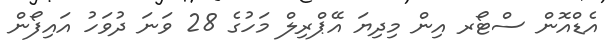
އެޑްއޮން ސްޓޯރ އިން މިދިޔަ އޭޕްރިލް މަހުގެ 28 ވަނަ ދުވަހު އައިފޯން